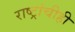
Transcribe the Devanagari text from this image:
राष्ट्रांचीही